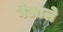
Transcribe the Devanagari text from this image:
बेआले